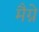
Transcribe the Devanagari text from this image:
मैग्ने